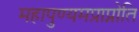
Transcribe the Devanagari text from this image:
महापुण्यमप्राप्नोति